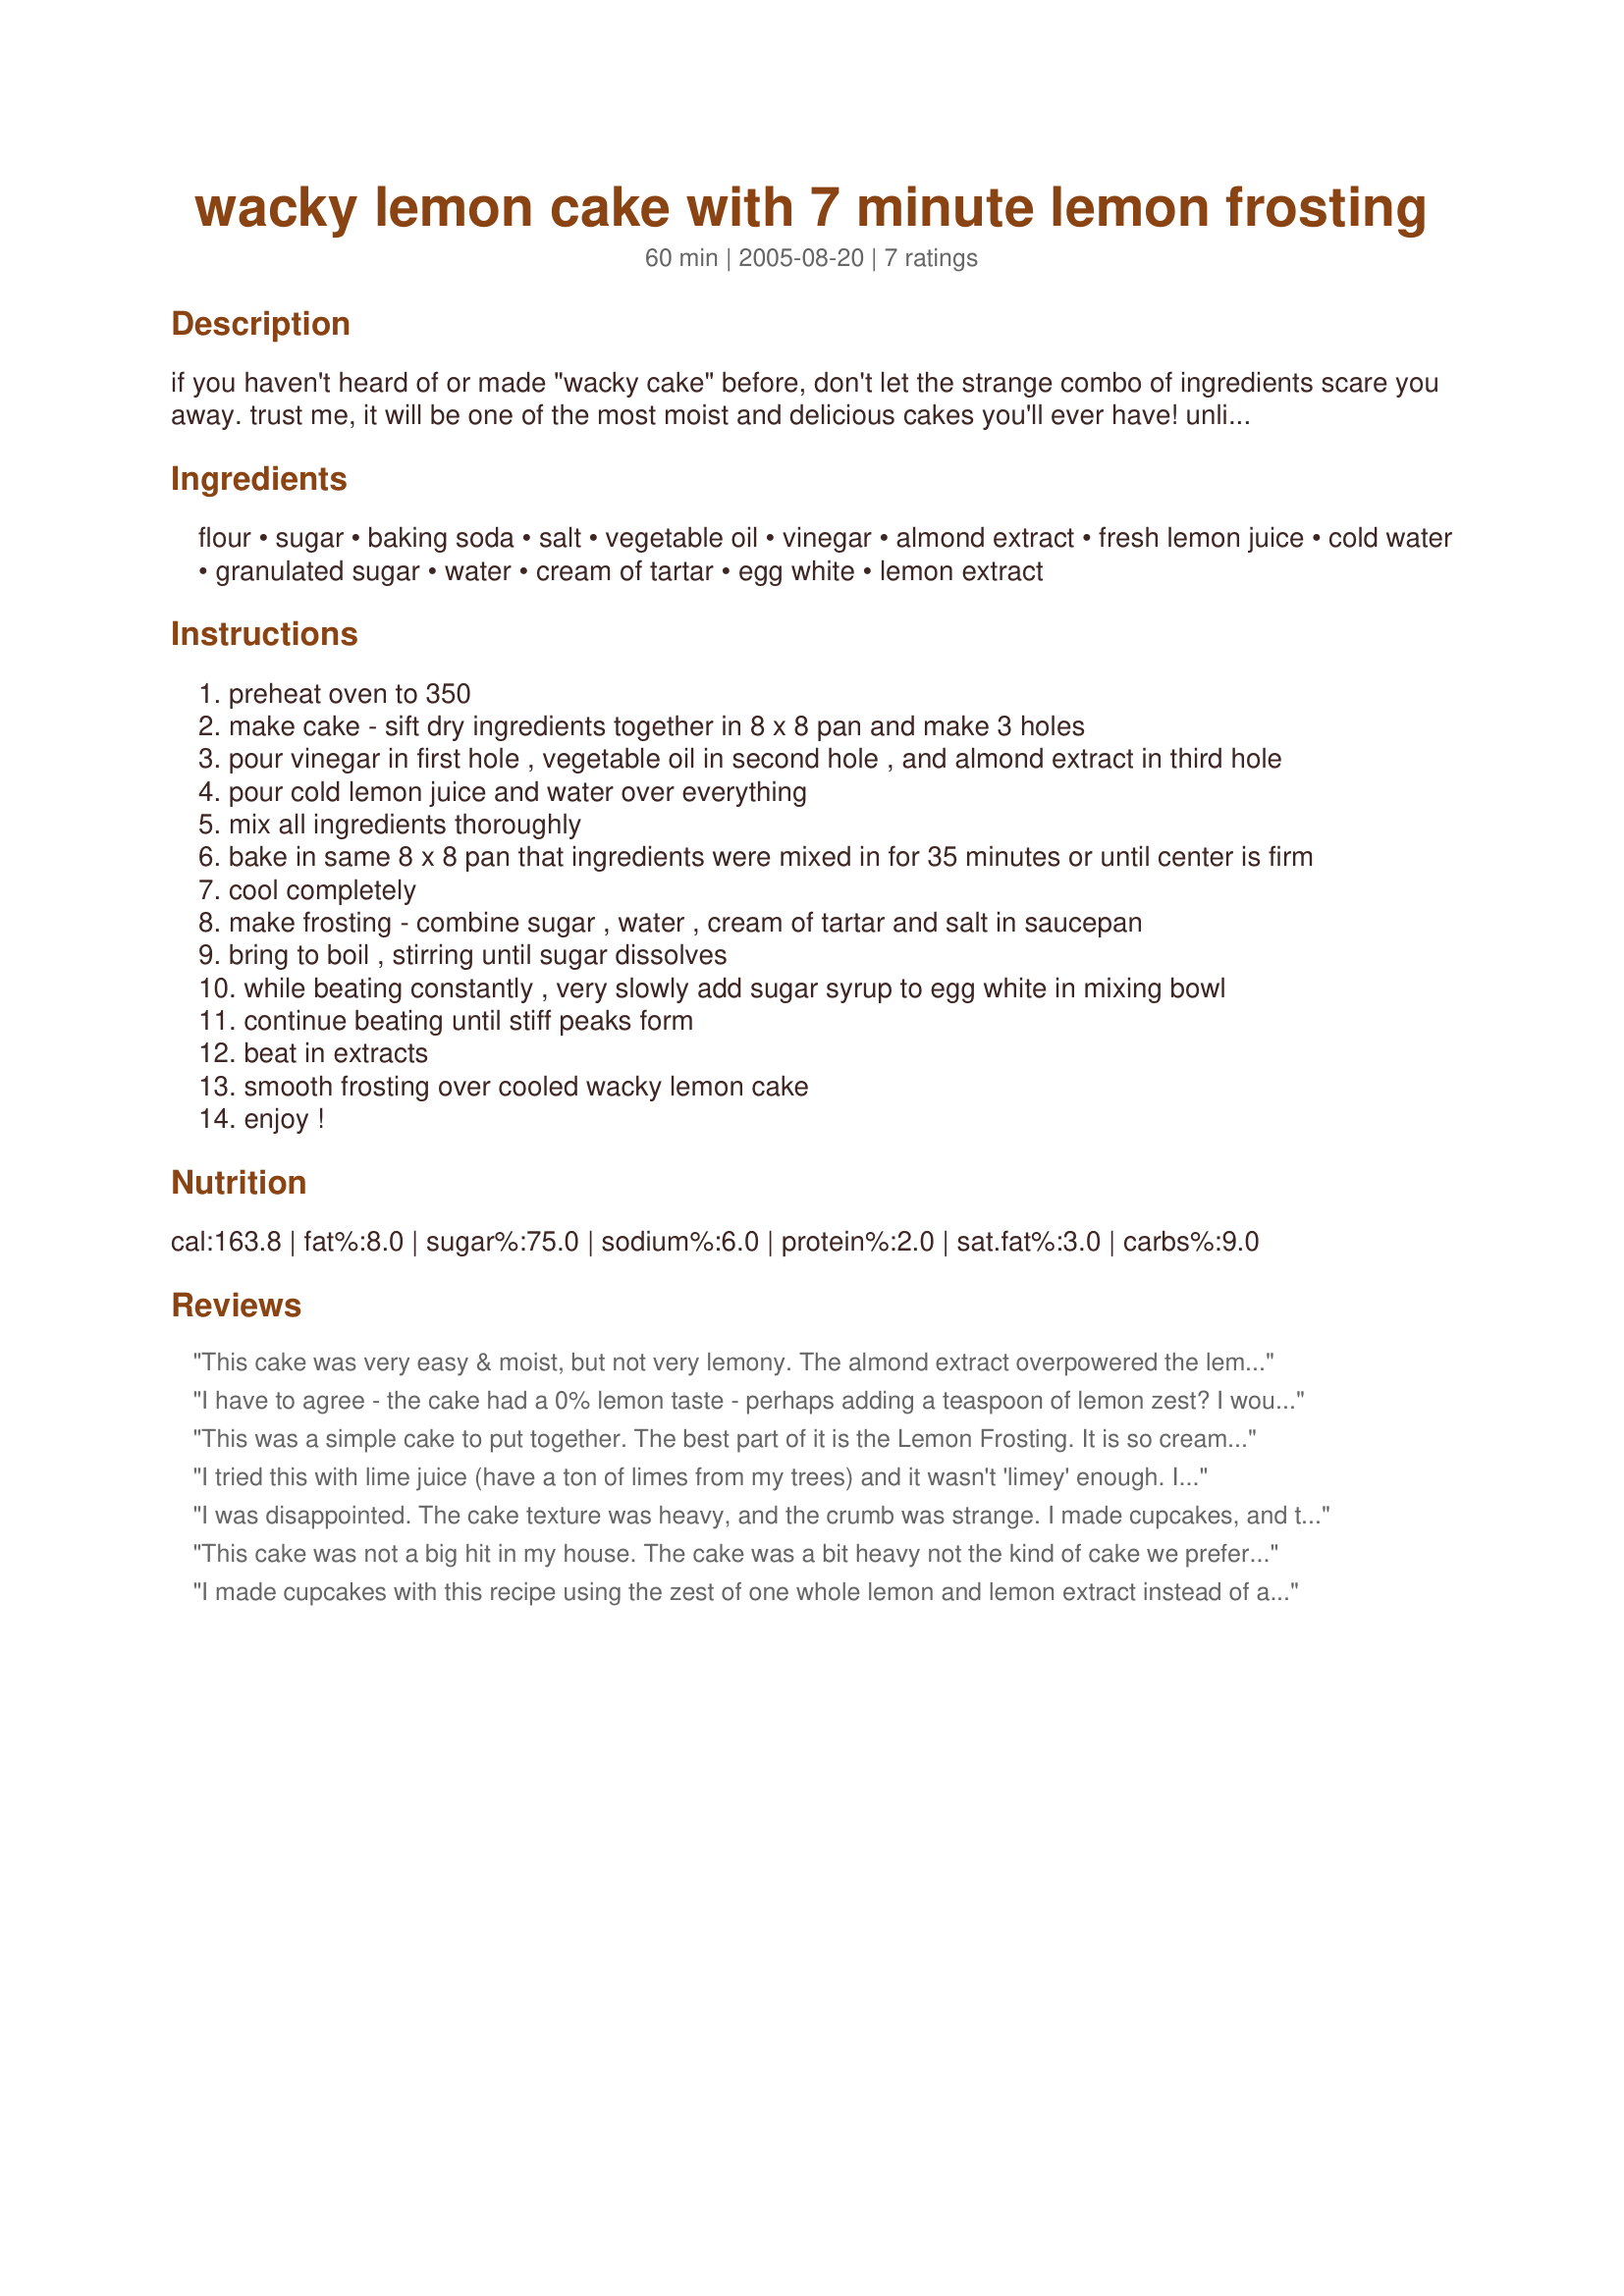
wacky lemon cake with 7 minute lemon frosting
Preparation time: 60 minutes

if you haven't heard of or made "wacky cake" before, don't let the strange combo of ingredients scare you away. trust me, it will be one of the most moist and delicious cakes you'll ever have! unlike traditional wacky cake, this recipe makes a wonderful and refreshing lemon cake rather than a chocolate cake. personally, i think it's the perfect summer dessert!

Ingredients:
flour, sugar, baking soda, salt, vegetable oil, vinegar, almond extract, fresh lemon juice, cold water, granulated sugar, water, cream of tartar, egg white, lemon extract

Steps:
preheat oven to 350
make cake - sift dry ingredients together in 8 x 8 pan and make 3 holes
pour vinegar in first hole , vegetable oil in second hole , and almond extract in third hole
pour cold lemon juice and water over everything
mix all ingredients thoroughly
bake in same 8 x 8 pan that ingredients were mixed in for 35 minutes or until center is firm
cool completely
make frosting - combine sugar , water , cream of tartar and salt in saucepan
bring to boil , stirring until sugar dissolves
while beating constantly , very slowly add sugar syrup to egg white in mixing bowl
continue beating until stiff peaks form
beat in extracts
smooth frosting over cooled wacky lemon cake
enjoy !

Reviews:
This cake was very easy & moist, but not very lemony. The almond extract overpowered the lemon flavor. Next time I will omit the almond extract and only use lemon.
I have to agree - the cake had a 0% lemon taste - perhaps adding a teaspoon of lemon zest? I would also sub all lemon juice for the frosting and eliminate the extracts all together...
This was a simple cake to put together. The best part of it is the Lemon Frosting. It is so creamy and packed full of flavor.
I tried this with lime juice (have a ton of limes from my trees) and it wasn't 'limey' enough. I add more lime next time plus some zest.
Texture was good, easy recipe. I'll retry it.
I was disappointed. The cake texture was heavy, and the crumb was strange. I made cupcakes, and they sagged in the middle Taking the advice of commenters, I replaced almond extract with lemon, so it was lemony, but it was still kind of blah.

I did not like the icing at all. It's really just a meringue and it is overly sweet and raw tasting.
This cake was not a big hit in my house. The cake was a bit heavy not the kind of cake we prefer to eat. The frosting was ok but nothing special. It was fun mixing the batter and watching the chemistry of the ingredients as they were mixed. Made for PAC, Spring 2009
I made cupcakes with this recipe using the zest of one whole lemon and lemon extract instead of almond. It makes 12 nicely rounded cupcakes bake at 350 for only 25 min.Nice and moist and lemon-y....picture added above.
